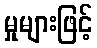
မှုများဖြင့်